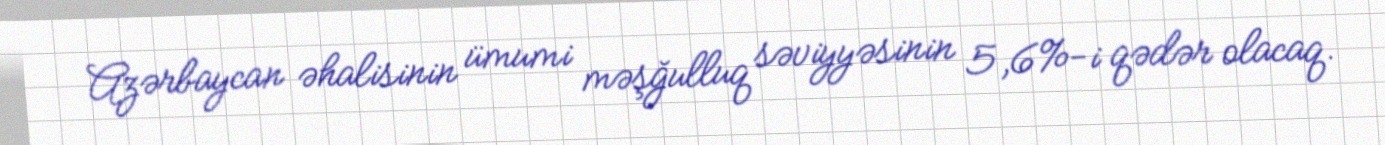
Azərbaycan əhalisinin ümumi məşğulluq səviyyəsinin 5,6%-i qədər olacaq.